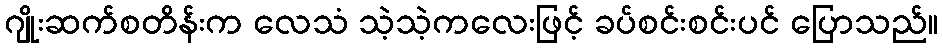
ဂျိုးဆက်စတိန်းက လေသံ သဲ့သဲ့ကလေးဖြင့် ခပ်စင်းစင်းပင် ပြောသည်။